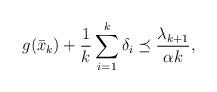
LaTeX: \begin{align*}g(\bar x_k) + \frac{1}{k}\sum_{i=1}^k \delta_i \preceq \frac{\lambda_{k+1}}{\alpha k}, \end{align*}